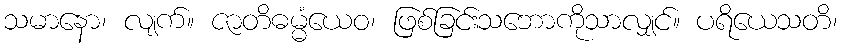
သမာနော၊ လျက်။ ဇာတိဓမ္မံယေဝ၊ ဖြစ်ခြင်းသဘောကိုသာလျှင်။ ပရိယေသတိ၊